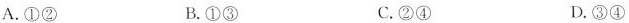
A.①② B.①③ C.②④ D.③④